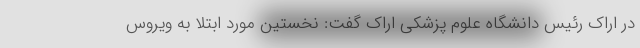
در اراک رئیس دانشگاه علوم پزشکی اراک گفت: نخستین مورد ابتلا به ویروس